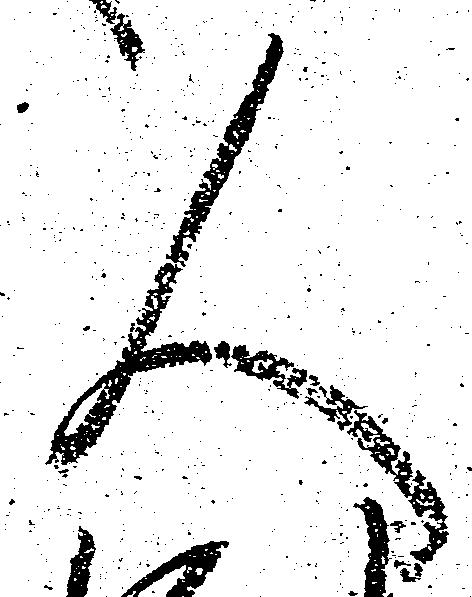
人